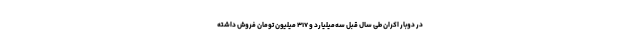
در دوبار اکران طی سال قبل سه‌میلیارد و ۳۱۷ میلیون تومان فروش داشته